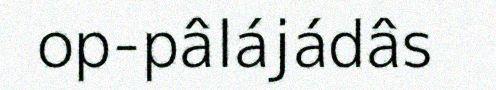
op-pâlájádâs